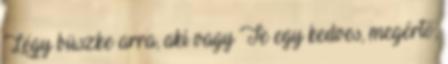
Légy büszke arra, aki vagy Te egy kedves, megértő,